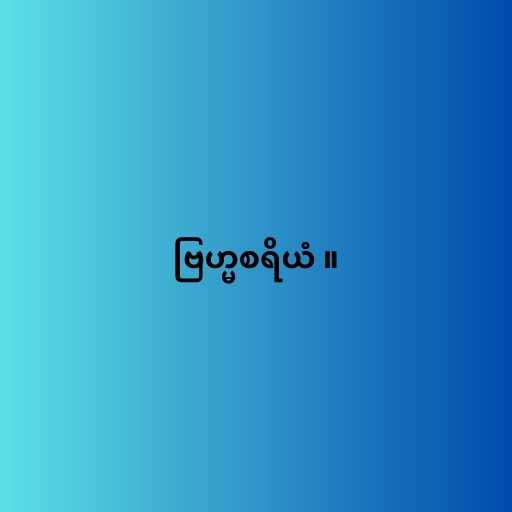
ဗြဟ္မစရိယံ ။